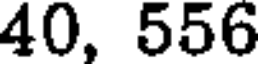
40, 556